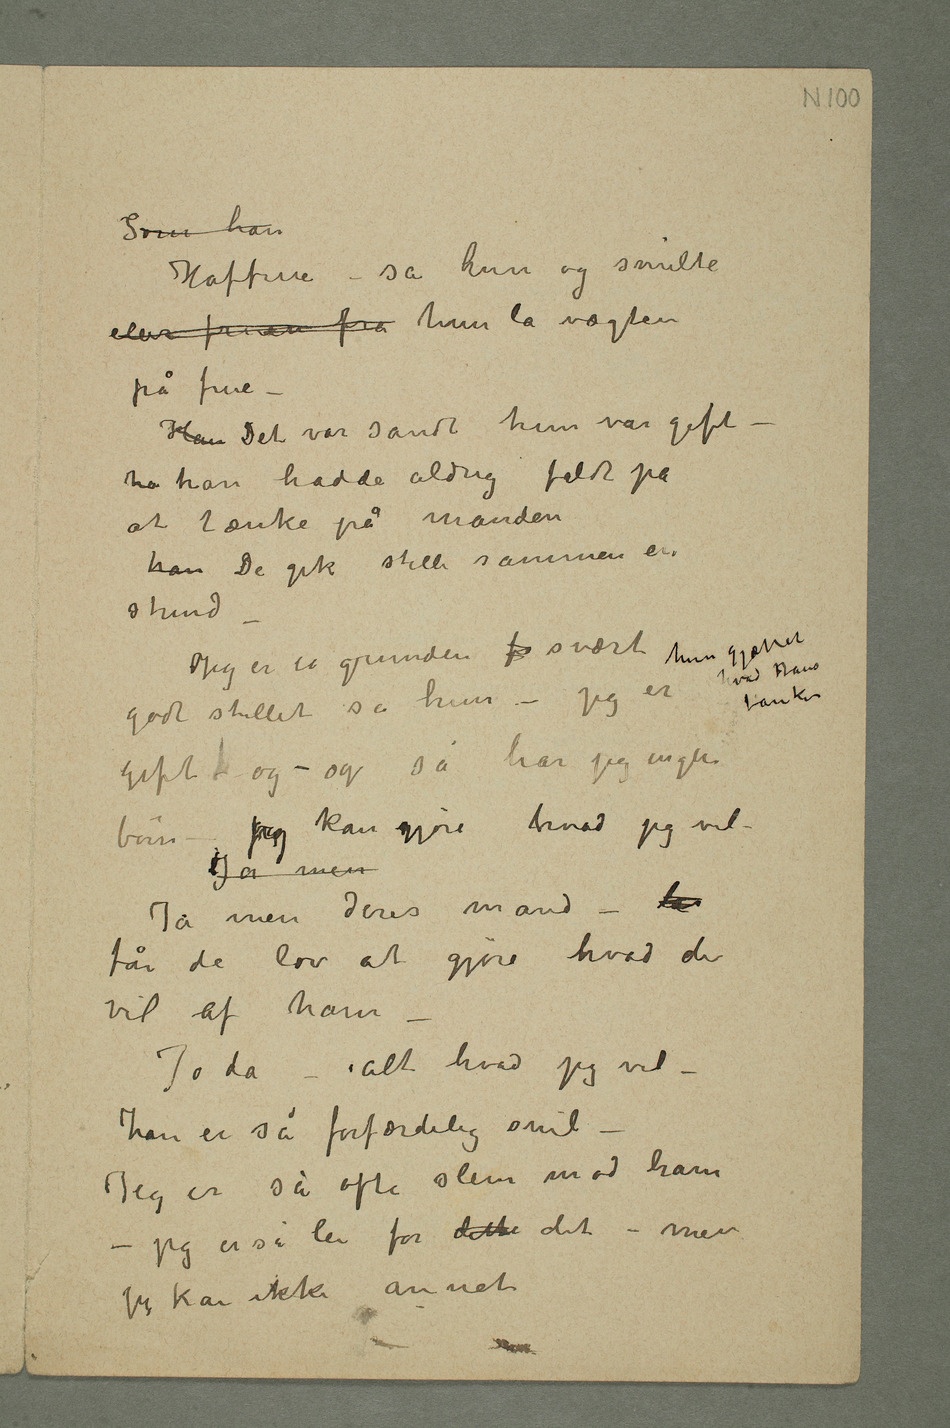
Haffrue – sa hun og smilte
eller fruen fra hun la vægten
på frue –
Han Det var sandthun var gift –
ha han hadde aldrig faldt på
at tænke på manden
han De gik stille sammen en
stund
godt stillet sa hun – jeg er hun gjættet hvad
gift  og – og så har jeg ingen
børn – jeg kan gjøre hvad jeg vil –
Ja men
Ja men deres mand – lar
får de lov at gjøre hvad de
vil af ham –
Jo da – alt hvad jeg vil –
han er så forfærdelig snil
– Jeg er så ofte slem mod ham –
jeg er så lei for dette det – men
jeg kan ikke annet –